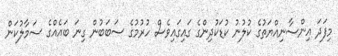
މިފަދަ އިންސާނިއްޔަތުގެ ކުލުނު ކުޑަކުދިންގެ ގައިގައިވެސް ހުރުމުގެ ސަބަބުން ގިނަ ބައެއްގެ ސަމާލުކަން